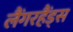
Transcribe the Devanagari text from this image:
लैंगरहैंड्स